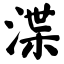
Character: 渫